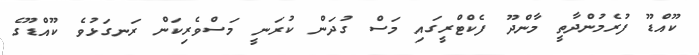
ކޫއްޑޫ ފުރެމުންދާތީ މާންދޫ ފެކްޓްރީގައި މަސް ގުދަން ކުރަނީ މަސްވެރިކަން ރަނގަޅުވެ ކޫއްޑޫގެ